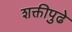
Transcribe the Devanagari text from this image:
शक्तीपुढे